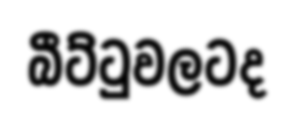
බීට්ටුවලටද